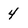
Character: 4